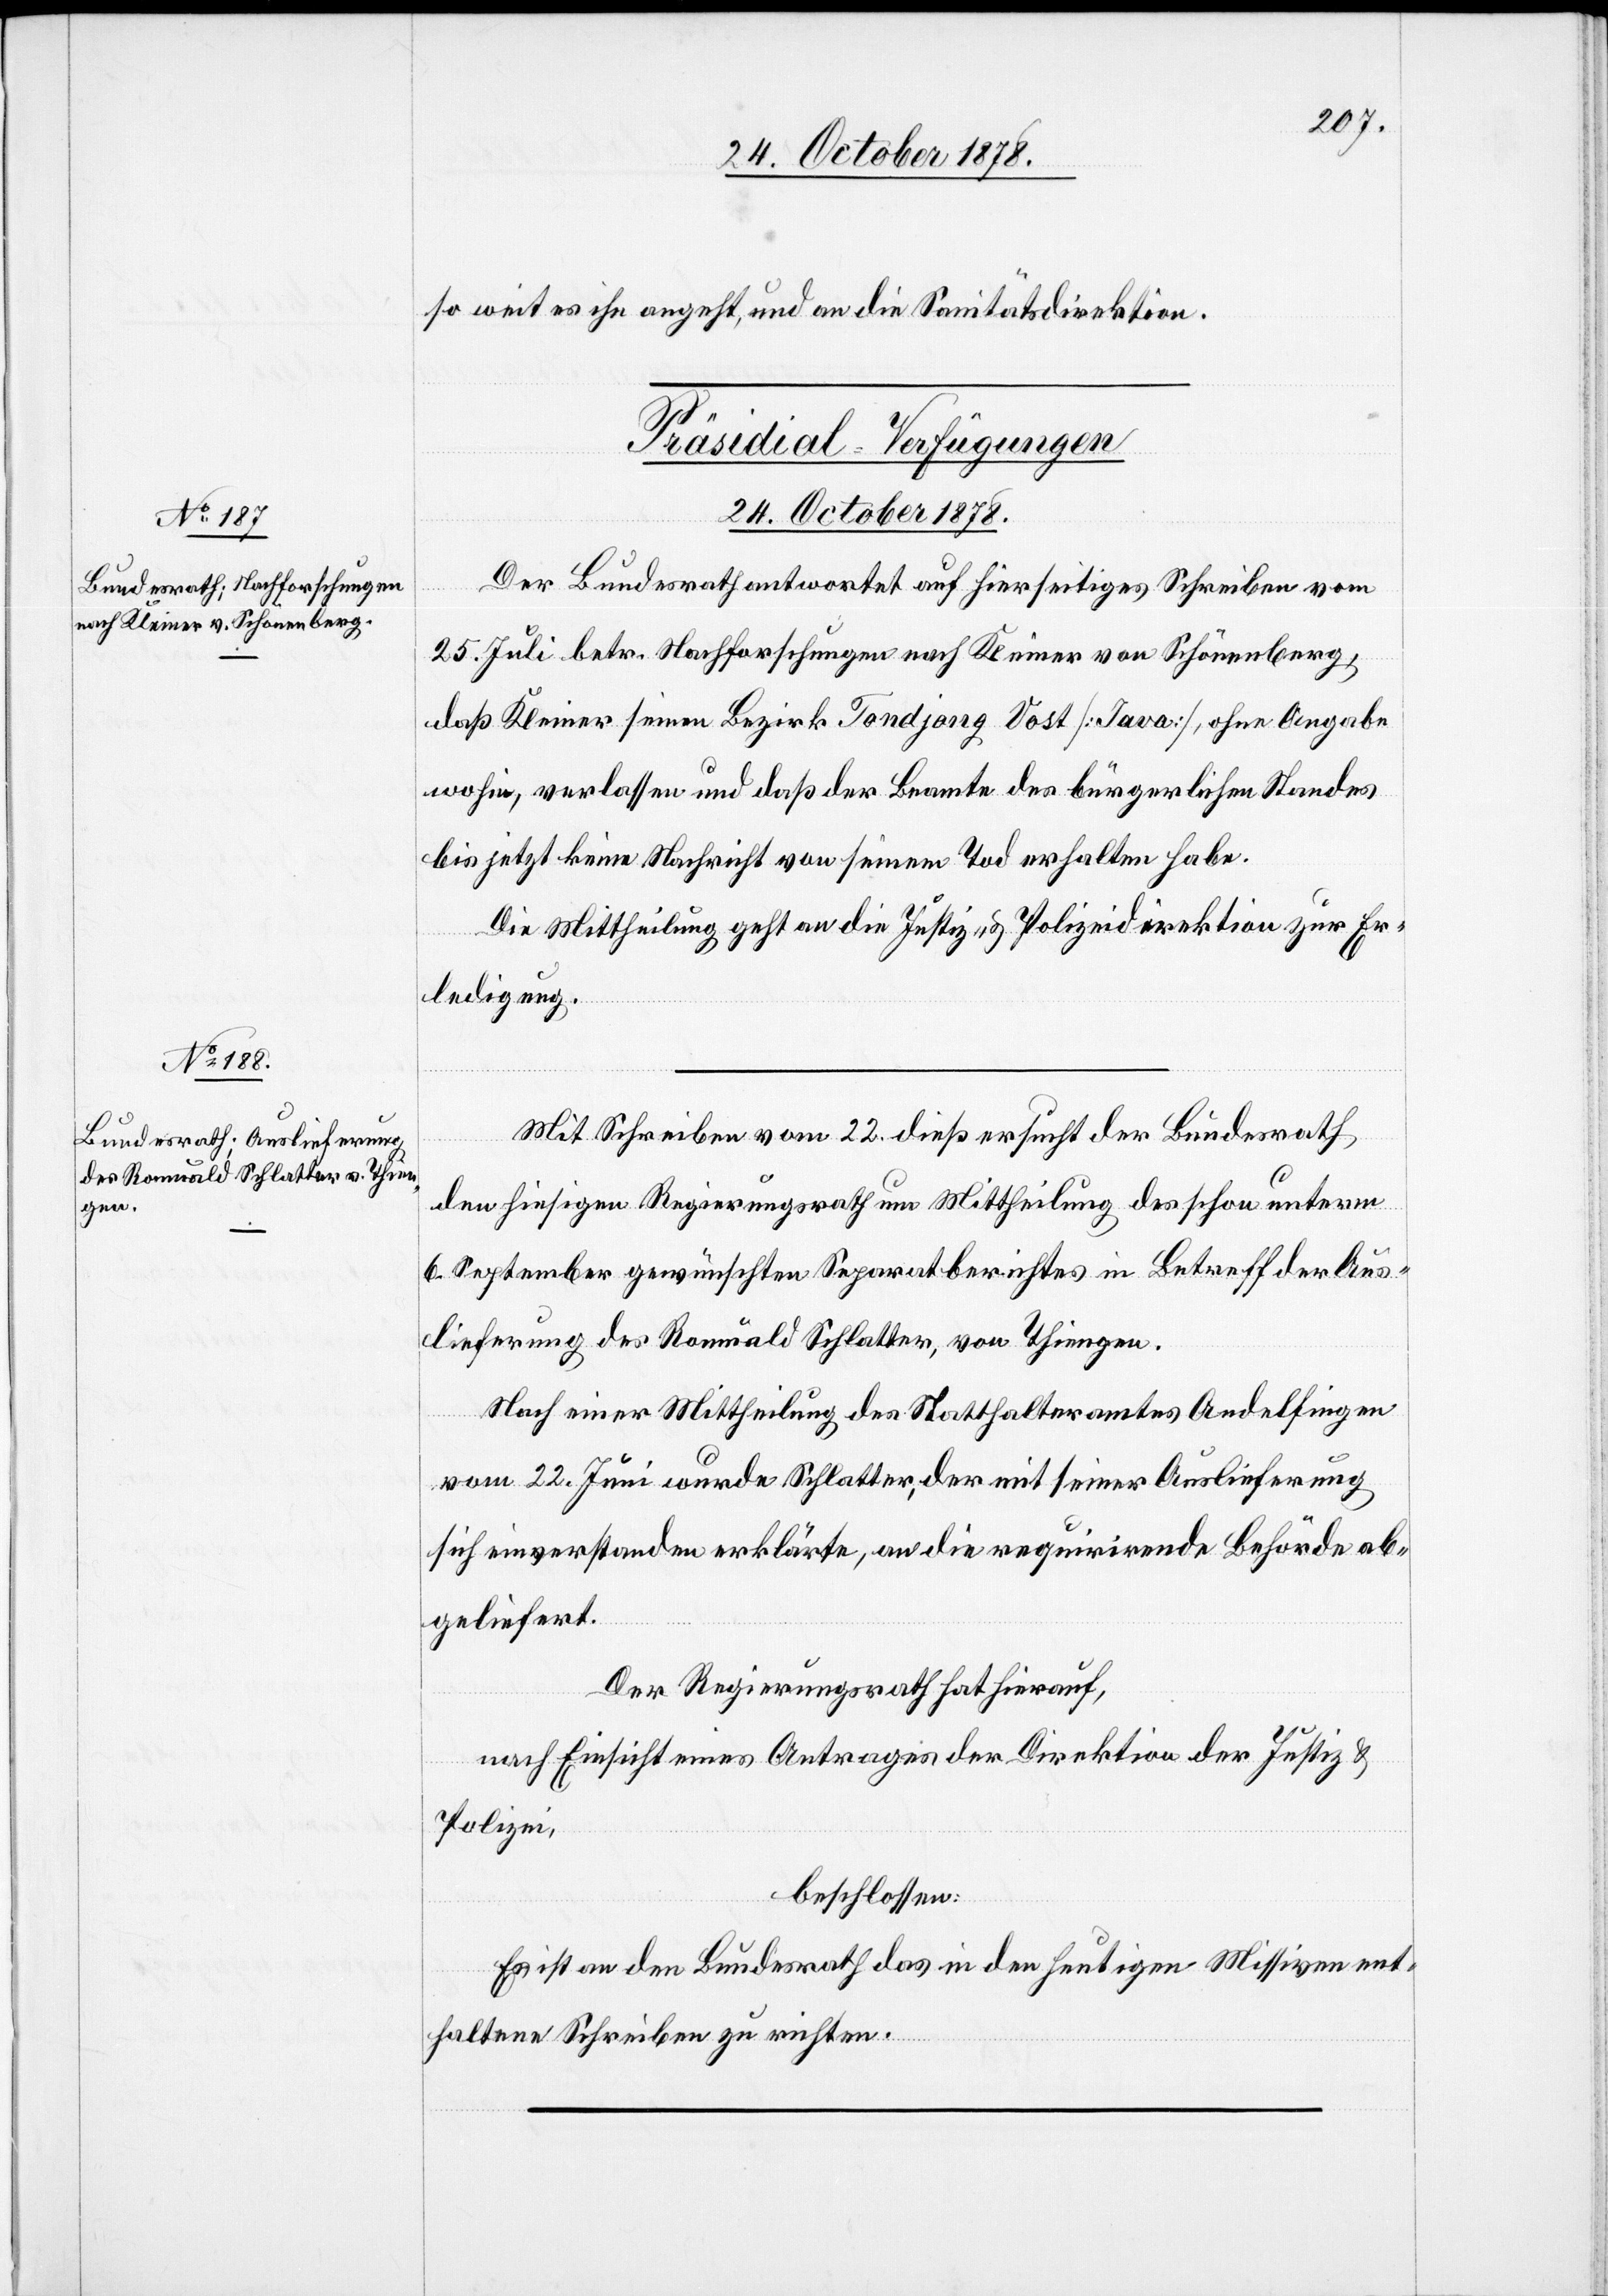
so weit es ihn angeht, und an die Sanitätsdirektion.
[Präsidial-Verfügungen
24. October 1878.]
Der Bundesrath antwortet auf hierseitiges Schreiben vom
25. Juli betr. Nachforschungen nach Kleiner von Schönenberg,
daß Kleiner seinen Bezirk Tondjang Vost [Java], ohne Angabe
wohin, verlassen und daß der Beamte des bürgerlichen Standes
bis jetzt keine Nachricht von seinem Tod erhalten habe.
Die Mittheilung geht an die Justiz- & Polizeidirektion zur Er¬
ledigung.
Mit Schreiben vom 22. dieß ersucht der Bundesrath
den bisherigen Regierungsrath um Mittheilung des schon unterm
6. September gewünschten Separatberichtes in Betreff der Aus¬
lieferung des Romuald Schlatter, von Thiengen.
Nach einer Mittheilung des Statthalteramtes Andelfingen
vom 22. Juni wurde Schlatter, der mit seiner Auslieferung
sich einverstanden erklärte, an die requirirende Behörde ab¬
geliefert.
Der Regierungsrath hat hierauf,
nach Einsicht eines Antrages der Direktion der Justiz &
Polizei,
beschlossen:
Es ist an den Bundesrath das in den heutigen Missiven ent¬
haltene Schreiben zu richten.